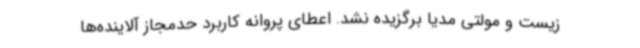
زیست و مولتی مدیا برگزیده نشد. اعطای پروانه کاربرد حدمجاز آلاینده‌ها